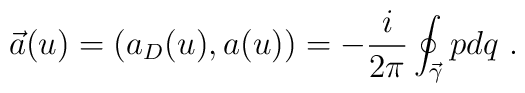
\vec{a}(u)=(a_D(u),a(u))= -{i\over 2\pi}\oint_{\vec{\gamma}} pdq \ .